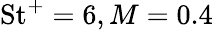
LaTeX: \mathrm{St}^{+}=6,M=0.4